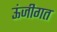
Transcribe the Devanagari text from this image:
ऊंजीगत